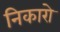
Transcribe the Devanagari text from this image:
निकारो